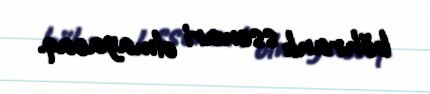
böhranlı ssenari olmayacaq.